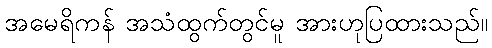
အမေရိကန် အသံထွက်တွင်မူ အားဟုပြထားသည်။